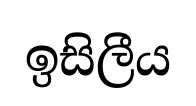
ඉසිලීය